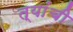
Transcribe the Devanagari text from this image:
त्यांंची